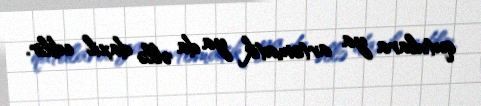
qutulara ya avtomatik ya da əllə daxil edilir.